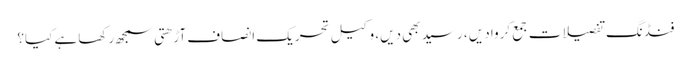
فنڈنگ تفصیلات جمع کروا دیں ، رسید بھی دیں، وکیل تحریک انصاف آڑھتی سمجھ رکھا ہے کیا؟